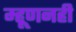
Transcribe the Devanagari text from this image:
म्हूणनही